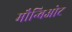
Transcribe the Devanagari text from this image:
मौन्बिओट